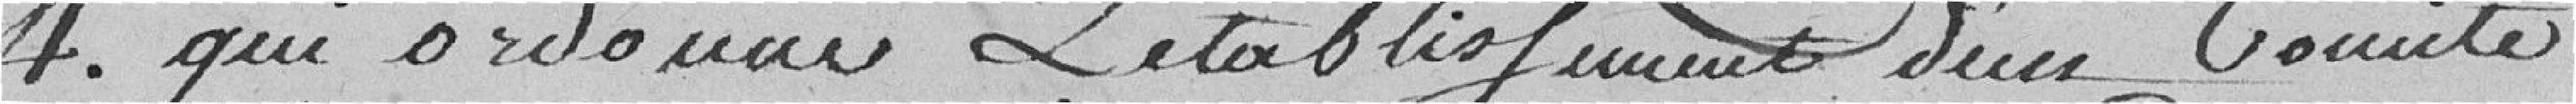
4 qui ordonne l'établissement d'un comité